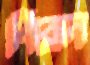
শিরান